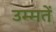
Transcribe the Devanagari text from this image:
उम्मतें